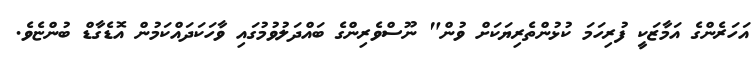
އަހަރެންގެ އަމާޒަކީ ފުރިހަމަ ކުޅުންތެރިޔަކަށް ވުން" ނޫސްވެރިންގެ ބައްދަލުވުމުގައި ވާހަކަދައްކަމުން އޮޑެގާޑް ބުންޏެވެ.